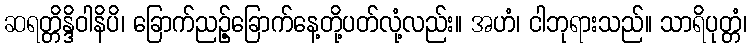
ဆရတ္တိန္ဒိဝါနိပိ၊ ခြောက်ညဉ့်ခြောက်နေ့တို့ပတ်လုံ့လည်း။ အဟံ၊ ငါဘုရားသည်။ သာရိပုတ္တံ၊